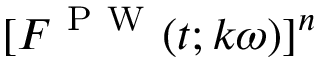
[ F ^ { \mathrm { ~ P ~ W ~ } } ( t ; k \omega ) ] ^ { n }